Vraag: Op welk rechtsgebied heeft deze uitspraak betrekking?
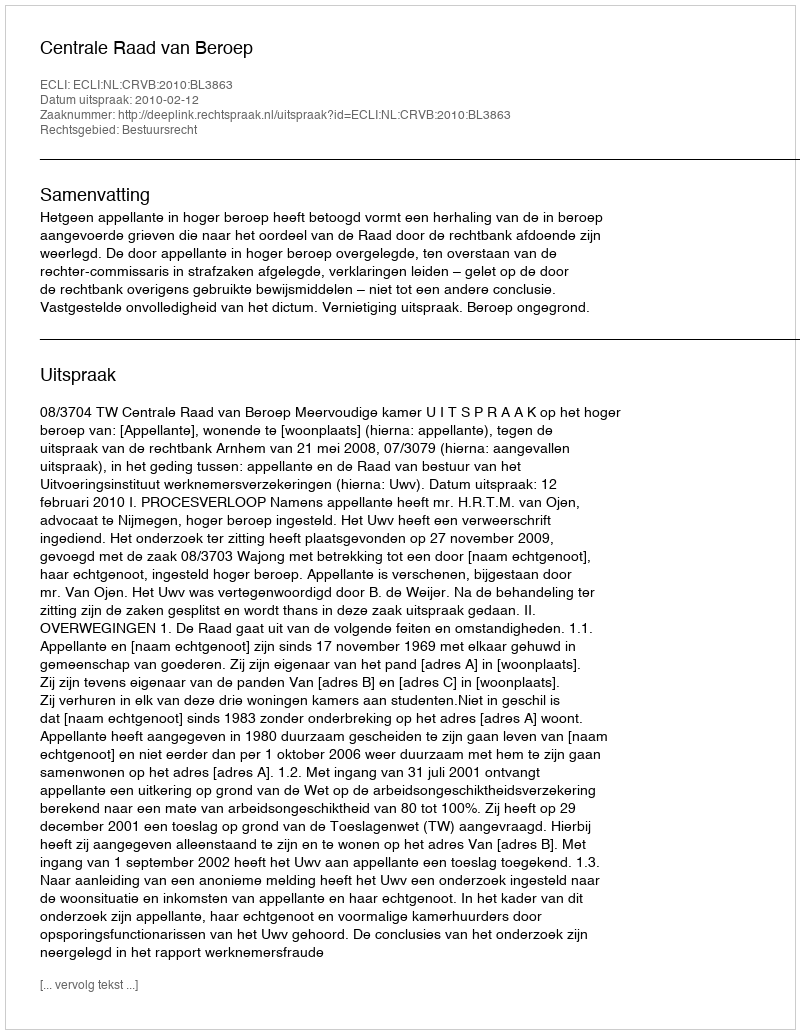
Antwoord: Bestuursrecht